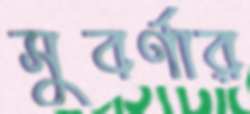
সুবর্ণার